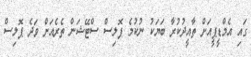
ގައި އެމްޑީޕީއަށް ތާއީދުކުރާ ބަޔަކު ނުކުމެ ޕޮލިސް ސްޓޭޝަން ތެރެއަށް ވަދެ ޕޮލިސް